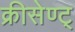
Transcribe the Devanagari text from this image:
क्रीसेण्ट्